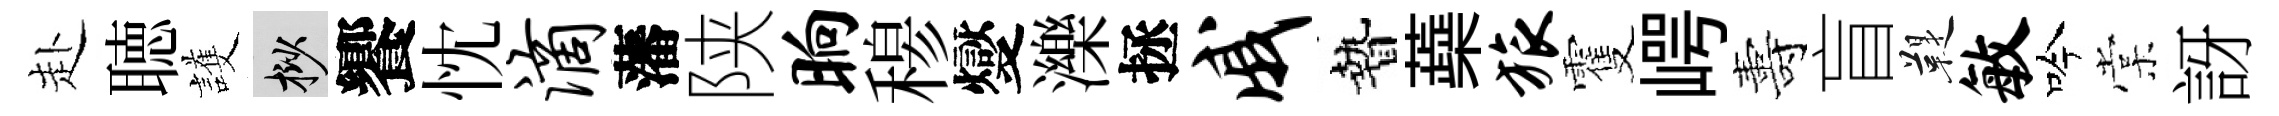
赴聴護挲饗忱滴藩陕晌𥠇燮濼拯戚贄蘃旅䨥崿夀盲鞮敏吟棠訝